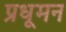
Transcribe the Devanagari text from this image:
प्रधूमन